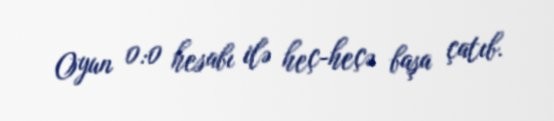
Oyun 0:0 hesabı ilə heç-heçə başa çatıb.